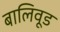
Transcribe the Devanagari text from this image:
बालिवूड